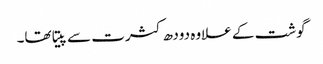
گوشت کے علاوہ دودھ کثرت سے پیتا تھا۔